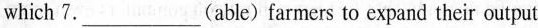
which 7.___(able)farmers to expand their output